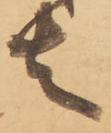
者